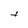
Character: t